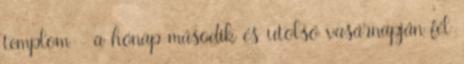
templom - a hónap második és utolsó vasárnapján fél